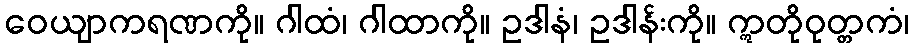
ဝေယျာကရဏကို။ ဂါထံ၊ ဂါထာကို။ ဥဒါနံ၊ ဥဒါန်းကို။ ဣတိုဝုတ္တကံ၊